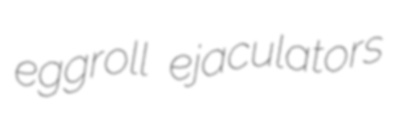
eggroll ejaculators